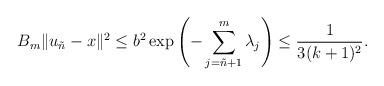
LaTeX: \begin{align*}B_m\|u_{\tilde{n}}-x\|^2\leq b^2\exp\left(-\sum_{j=\tilde{n}+1}^{m}\lambda_j\right)\leq \frac{1}{3(k+1)^2}.\end{align*}